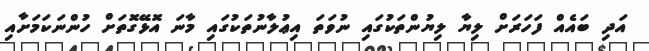
އަދި ބައެއް ފަހަރަށް ލިޔާ ލިޔުންތަކުގައި ނުވަތަ އިޢުލާނުތަކުގައި މާނަ އޮޅޭގޮތަށް ހުންނަކަމަށާއި